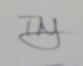
Signature authenticity: genuine